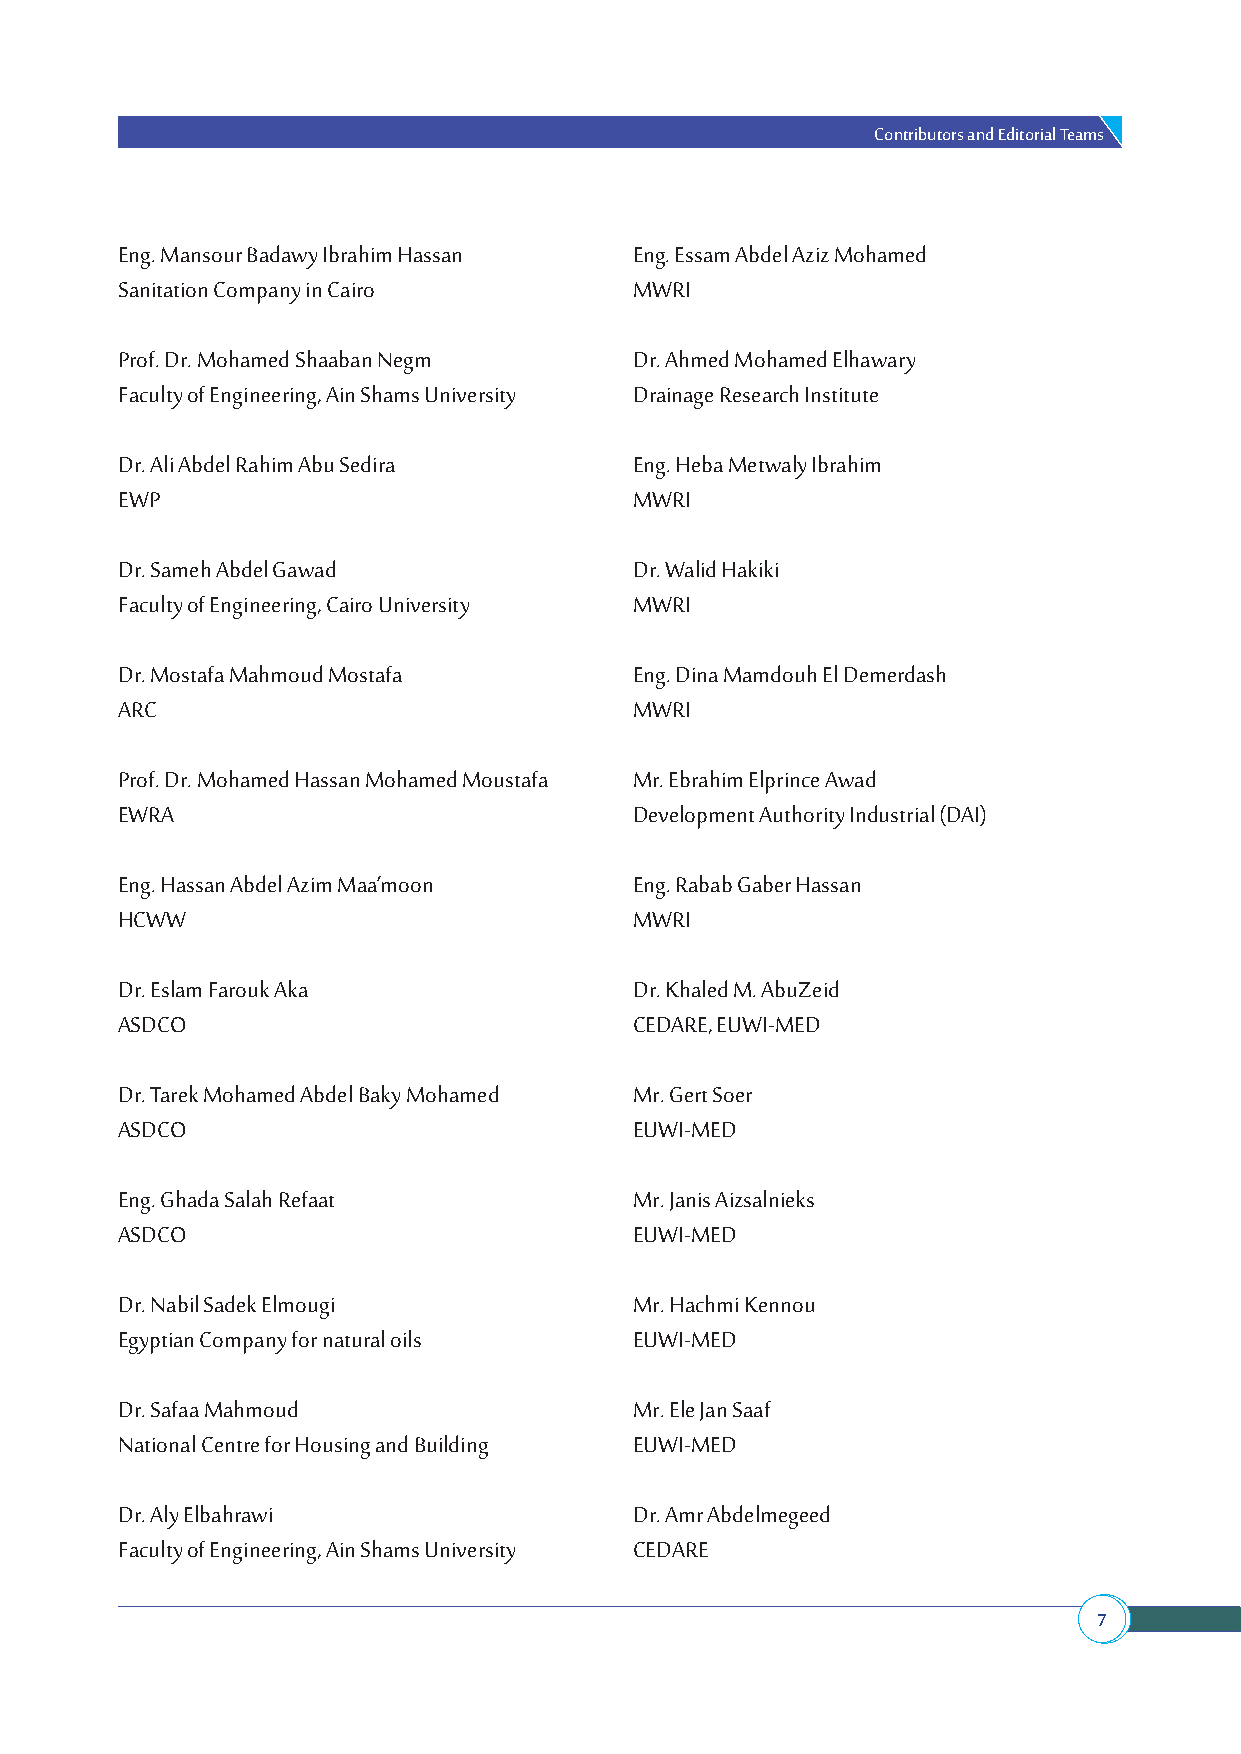
Contributors and Editorial Teams
 Eng. Mansour Badawy Ibrahim Hassan Eng. Essam Abdel Aziz Mohamed
 Sanitation Company in Cairo       MWRI
 Prof. Dr. Mohamed Shaaban Negm    Dr. Ahmed Mohamed Elhawary
 Faculty of Engineering, Ain Shams University Drainage Research Institute
 Dr. Ali Abdel Rahim Abu Sedira    Eng. Heba Metwaly Ibrahim
 EWP                               MWRI
 Dr. Sameh Abdel Gawad             Dr. Walid Hakiki
 Faculty of Engineering, Cairo University MWRI
 Dr. Mostafa Mahmoud Mostafa       Eng. Dina Mamdouh El Demerdash
 ARC                               MWRI
 Prof. Dr. Mohamed Hassan Mohamed Moustafa Mr. Ebrahim Elprince Awad
 EWRA                              Development Authority Industrial (DAI)
 Eng. Hassan Abdel Azim Maa’moon   Eng. Rabab Gaber Hassan
 HCWW                              MWRI
 Dr. Eslam Farouk Aka              Dr. Khaled M. AbuZeid
 ASDCO                             CEDARE, EUWI-MED
 Dr. Tarek Mohamed Abdel Baky Mohamed Mr. Gert Soer
 ASDCO                             EUWI-MED
 Eng. Ghada Salah Refaat           Mr. Janis Aizsalnieks
 ASDCO                             EUWI-MED
 Dr. Nabil Sadek Elmougi           Mr. Hachmi Kennou
 Egyptian Company for natural oils EUWI-MED
 Dr. Safaa Mahmoud                 Mr. Ele Jan Saaf
 National Centre for Housing and Building EUWI-MED
 Dr. Aly Elbahrawi                 Dr. Amr Abdelmegeed
 Faculty of Engineering, Ain Shams University CEDARE
 7